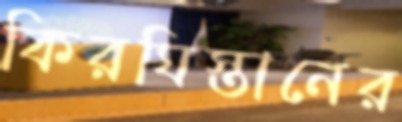
কিরঘিস্তানের